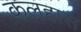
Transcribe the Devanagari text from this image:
कलहास